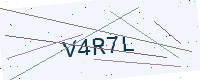
Text: V4R7L